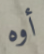
أوه